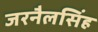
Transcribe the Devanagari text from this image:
जरनैलसिंह